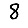
Digit: 8